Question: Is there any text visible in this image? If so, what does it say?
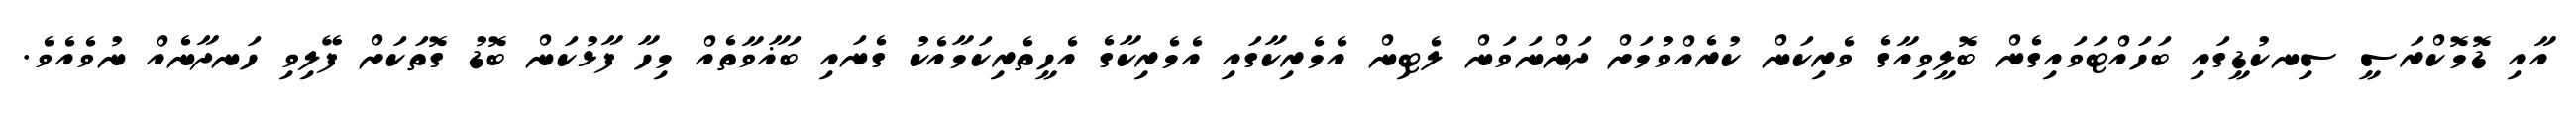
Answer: އާއި ޑޮމޮކްރަސީ ސިނކުޑީގައި ބަހައްޓަވައިގެން ބޮލީވިއާގެ ވެރިކަން ކުރެއްވުމަށް ދަންނަވަން ލެޓިން އެމެރިކާގައި އެމެރިކާގެ އެހީތެރިކަމާއެކު ގެނައި ބަޣާވާތެއް މިހާ ފާޅުކަން ބޮޑު ގޮތަކަށް ފޭލިވި ހަނދާނެއް ނުވެއެވެ.